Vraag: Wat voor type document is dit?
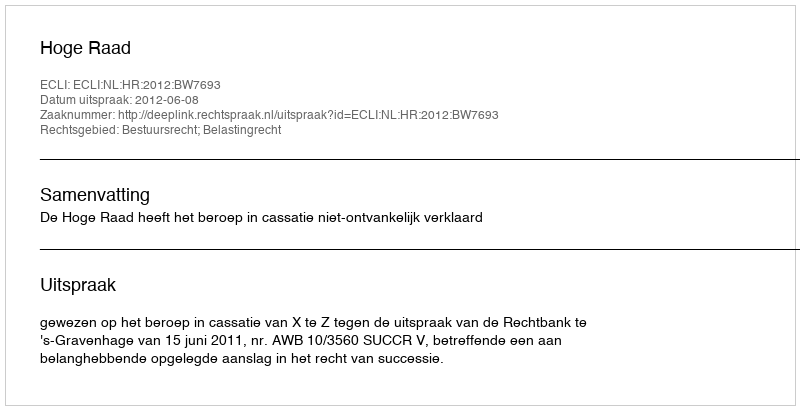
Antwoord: Uitspraak